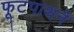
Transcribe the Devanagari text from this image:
फूटपाथने